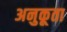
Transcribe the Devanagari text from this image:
अनुकूता